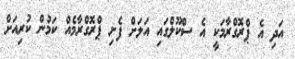
އަދި އެ ޕްރޮގްރާމަކީ އެ ސްކޫލްގައި އަލަށް ފެށި ޕްރޮގްރާމެއް ކަމުން ކުރިއަށް